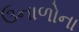
ઉનાળોના